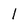
Character: l